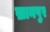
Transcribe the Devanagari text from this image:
ख़ानपुर